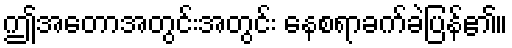
ဤအတောအတွင်းအတွင်း နေစရာခက်ခဲပြန်၏။